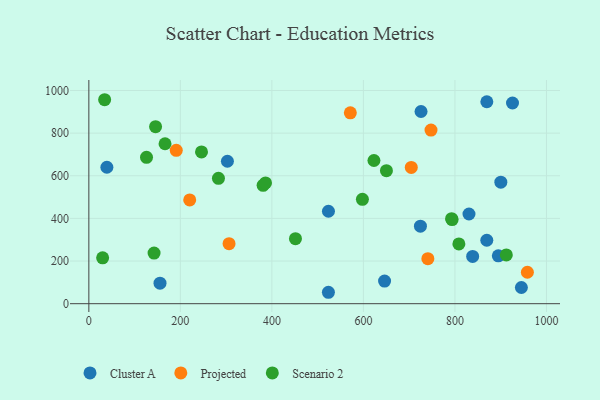
{"axis": {"x": "Distance", "y": "Sales"}, "legend": ["Cluster A", "Projected", "Scenario 2"], "data": [{"x": "302.8", "y": 668.0, "type": "Cluster A"}, {"x": "725.9", "y": 901.4, "type": "Cluster A"}, {"x": "925.8", "y": 941.2, "type": "Cluster A"}, {"x": "945.2", "y": 76.0, "type": "Cluster A"}, {"x": "646.2", "y": 105.9, "type": "Cluster A"}, {"x": "900.3", "y": 569.9, "type": "Cluster A"}, {"x": "869.6", "y": 297.6, "type": "Cluster A"}, {"x": "155.5", "y": 96.1, "type": "Cluster A"}, {"x": "523.5", "y": 53.6, "type": "Cluster A"}, {"x": "523.6", "y": 433.6, "type": "Cluster A"}, {"x": "838.7", "y": 221.6, "type": "Cluster A"}, {"x": "830.7", "y": 420.7, "type": "Cluster A"}, {"x": "869.7", "y": 947.1, "type": "Cluster A"}, {"x": "39.4", "y": 639.9, "type": "Cluster A"}, {"x": "894.8", "y": 224.7, "type": "Cluster A"}, {"x": "724.6", "y": 363.6, "type": "Cluster A"}, {"x": "704.6", "y": 639.3, "type": "Projected"}, {"x": "747.7", "y": 814.3, "type": "Projected"}, {"x": "191.0", "y": 719.5, "type": "Projected"}, {"x": "306.4", "y": 281.5, "type": "Projected"}, {"x": "220.4", "y": 486.9, "type": "Projected"}, {"x": "740.8", "y": 211.1, "type": "Projected"}, {"x": "958.3", "y": 147.4, "type": "Projected"}, {"x": "571.4", "y": 895.0, "type": "Projected"}, {"x": "597.8", "y": 489.5, "type": "Scenario 2"}, {"x": "793.8", "y": 394.5, "type": "Scenario 2"}, {"x": "380.8", "y": 555.1, "type": "Scenario 2"}, {"x": "145.8", "y": 830.0, "type": "Scenario 2"}, {"x": "650.3", "y": 623.9, "type": "Scenario 2"}, {"x": "623.0", "y": 671.7, "type": "Scenario 2"}, {"x": "246.2", "y": 712.0, "type": "Scenario 2"}, {"x": "451.5", "y": 304.9, "type": "Scenario 2"}, {"x": "142.5", "y": 237.3, "type": "Scenario 2"}, {"x": "386.1", "y": 566.3, "type": "Scenario 2"}, {"x": "912.3", "y": 228.8, "type": "Scenario 2"}, {"x": "166.5", "y": 750.2, "type": "Scenario 2"}, {"x": "126.0", "y": 686.4, "type": "Scenario 2"}, {"x": "792.7", "y": 398.8, "type": "Scenario 2"}, {"x": "283.2", "y": 587.8, "type": "Scenario 2"}, {"x": "808.6", "y": 280.2, "type": "Scenario 2"}, {"x": "34.5", "y": 956.6, "type": "Scenario 2"}, {"x": "30.1", "y": 215.2, "type": "Scenario 2"}]}